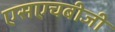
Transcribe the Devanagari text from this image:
एसएचबीजी